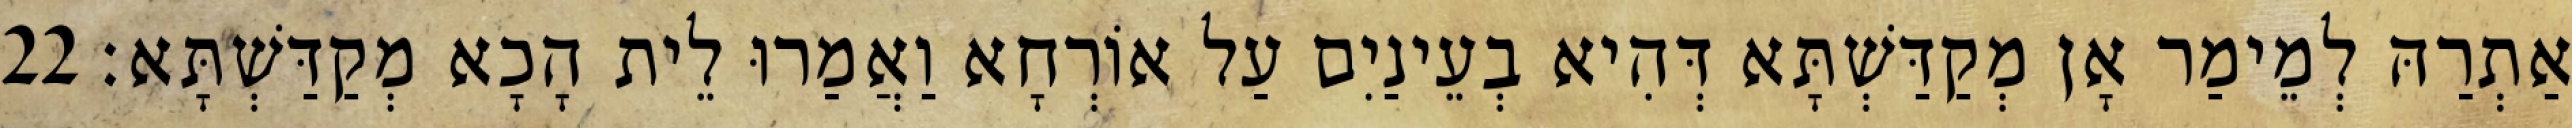
אַתְרַהּ לְמֵימַר אָן מְקַדַּשְׁתָּא דְּהִיא בְעֵינַיִם עַל אוֹרְחָא וַאֲמַרוּ לֵית הָכָא מְקַדַּשְׁתָּא׃ 22